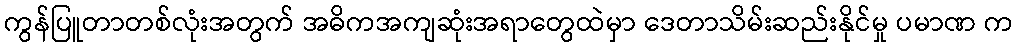
ကွန်ပြူတာတစ်လုံးအတွက် အဓိကအကျဆုံးအရာတွေထဲမှာ ဒေတာသိမ်းဆည်းနိုင်မှု ပမာဏ က